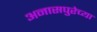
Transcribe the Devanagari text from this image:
अनासपुरेच्या